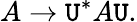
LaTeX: A\rightarrow\mathtt{U}^{*}A\mathtt{U}.